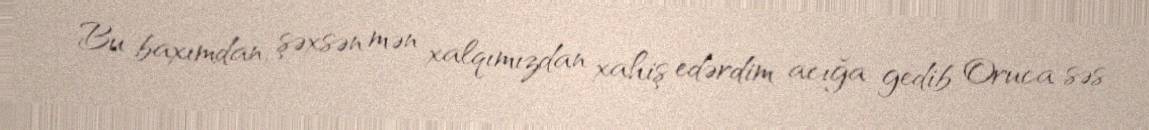
Bu baxımdan, şəxsən mən xalqımızdan xahiş edərdim acığa gedib Oruca səs